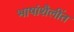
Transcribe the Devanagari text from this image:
भाषांशैलींत